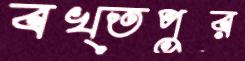
বখ্তপুর